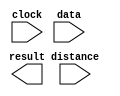
// megafunction wizard: %LPM_CLSHIFT%VBB%
// GENERATION: STANDARD
// VERSION: WM1.0
// MODULE: LPM_CLSHIFT 

// ============================================================
// Megafunction Name(s):
// 			LPM_CLSHIFT
//
// Simulation Library Files(s):
// 			
// ============================================================
// ************************************************************
// THIS IS A WIZARD-GENERATED FILE. DO NOT EDIT THIS FILE!
//
// 12.1 Build 243 01/31/2013 SP 1 SJ Full Version
// ************************************************************

//Copyright (C) 1991-2012 Altera Corporation
//Your use of Altera Corporation's design tools, logic functions 
//and other software and tools, and its AMPP partner logic 
//functions, and any output files from any of the foregoing 
//(including device programming or simulation files), and any 
//associated documentation or information are expressly subject 
//to the terms and conditions of the Altera Program License 
//Subscription Agreement, Altera MegaCore Function License 
//Agreement, or other applicable license agreement, including, 
//without limitation, that your use is for the sole purpose of 
//programming logic devices manufactured by Altera and sold by 
//Altera or its authorized distributors.  Please refer to the 
//applicable agreement for further details.

module int_shl (
	clock,
	data,
	distance,
	result);

	input	  clock;
	input	[31:0]  data;
	input	[4:0]  distance;
	output	[31:0]  result;

endmodule

// ============================================================
// CNX file retrieval info
// ============================================================
// Retrieval info: PRIVATE: INTENDED_DEVICE_FAMILY STRING "Stratix III"
// Retrieval info: PRIVATE: LPM_SHIFTTYPE NUMERIC "0"
// Retrieval info: PRIVATE: LPM_WIDTH NUMERIC "32"
// Retrieval info: PRIVATE: SYNTH_WRAPPER_GEN_POSTFIX STRING "0"
// Retrieval info: PRIVATE: lpm_widthdist NUMERIC "5"
// Retrieval info: PRIVATE: lpm_widthdist_style NUMERIC "0"
// Retrieval info: PRIVATE: new_diagram STRING "1"
// Retrieval info: PRIVATE: port_direction NUMERIC "0"
// Retrieval info: LIBRARY: lpm lpm.lpm_components.all
// Retrieval info: CONSTANT: LPM_PIPELINE NUMERIC "3"
// Retrieval info: CONSTANT: LPM_SHIFTTYPE STRING "LOGICAL"
// Retrieval info: CONSTANT: LPM_TYPE STRING "LPM_CLSHIFT"
// Retrieval info: CONSTANT: LPM_WIDTH NUMERIC "32"
// Retrieval info: CONSTANT: LPM_WIDTHDIST NUMERIC "5"
// Retrieval info: USED_PORT: clock 0 0 0 0 INPUT NODEFVAL "clock"
// Retrieval info: USED_PORT: data 0 0 32 0 INPUT NODEFVAL "data[31..0]"
// Retrieval info: USED_PORT: distance 0 0 5 0 INPUT NODEFVAL "distance[4..0]"
// Retrieval info: USED_PORT: result 0 0 32 0 OUTPUT NODEFVAL "result[31..0]"
// Retrieval info: CONNECT: @clock 0 0 0 0 clock 0 0 0 0
// Retrieval info: CONNECT: @data 0 0 32 0 data 0 0 32 0
// Retrieval info: CONNECT: @direction 0 0 0 0 GND 0 0 0 0
// Retrieval info: CONNECT: @distance 0 0 5 0 distance 0 0 5 0
// Retrieval info: CONNECT: result 0 0 32 0 @result 0 0 32 0
// Retrieval info: GEN_FILE: TYPE_NORMAL int_shl.v TRUE
// Retrieval info: GEN_FILE: TYPE_NORMAL int_shl.inc FALSE
// Retrieval info: GEN_FILE: TYPE_NORMAL int_shl.cmp FALSE
// Retrieval info: GEN_FILE: TYPE_NORMAL int_shl.bsf FALSE
// Retrieval info: GEN_FILE: TYPE_NORMAL int_shl_inst.v FALSE
// Retrieval info: GEN_FILE: TYPE_NORMAL int_shl_bb.v TRUE